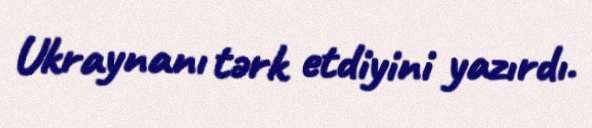
Ukraynanı tərk etdiyini yazırdı.